Annual report on the lock hospitals of the Madras Presidency
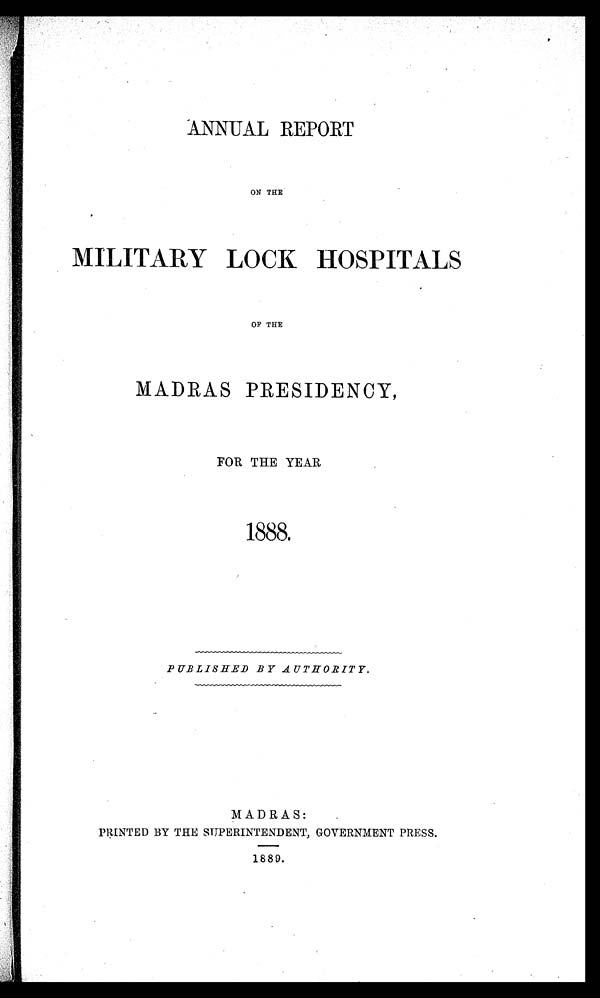
ANNUAL REPORT
ON THE
MILITARY LOCK HOSPITALS
OF THE
MADRAS PRESIDENCY,
FOR THE YEAR
1888.
PUBLISHED BY AUTHORITY.
MADRAS:
PRINTED BY THE SUPERINTENDENT, GOVERNMENT PRESS.
1889.